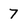
Character: 7